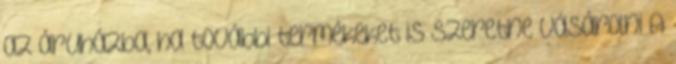
az áruházba, ha további termékeket is szeretne vásárolni A